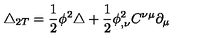
\triangle _ { 2 T } = \frac { 1 } { 2 } \phi ^ { 2 } \triangle + \frac { 1 } { 2 } \phi _ { , \nu } ^ { 2 } C ^ { \nu \mu } \partial _ { \mu }